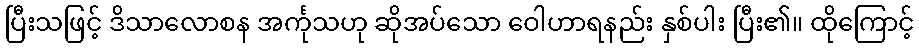
ပြီးသဖြင့် ဒိသာလောစန အင်္ကုသဟု ဆိုအပ်သော ဝေါဟာရနည်း နှစ်ပါး ပြီး၏။ ထိုကြောင့်